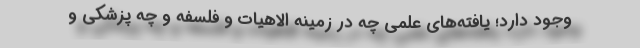
وجود دارد؛ یافته‌های علمی چه در زمینه الاهیات و فلسفه و چه پزشکی و